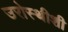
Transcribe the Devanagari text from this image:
उरोस्थीशी